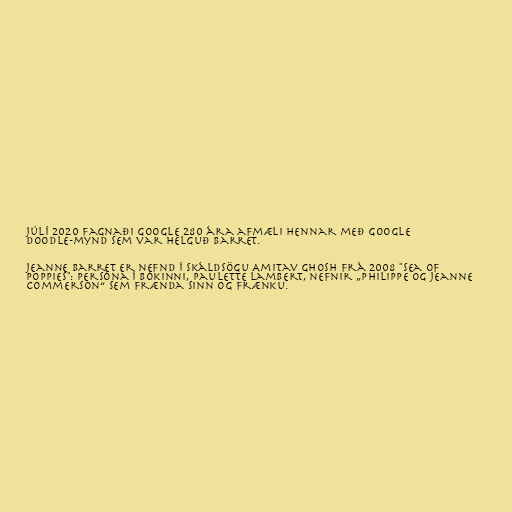
júlí 2020 fagnaði Google 280 ára afmæli hennar með Google
Doodle-mynd sem var helguð Barret.

Jeanne Barret er nefnd í skáldsögu Amitav Ghosh frá 2008 "Sea of
Poppies": Persóna í bókinni, Paulette Lambert, nefnir „Philippe og Jeanne
Commerson“ sem frænda sinn og frænku.